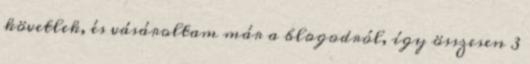
követlek, és vásároltam már a blogodról, így összesen 3